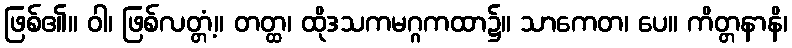
ဖြစ်၏။ ဝါ၊ ဖြစ်လတ္တံ့။ တတ္ထ၊ ထိုဒသကမဂ္ဂကထာ၌။ သာကေတ၊ ပေ။ ကိတ္တနာနိ၊